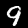
Label: 9